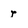
Character: r